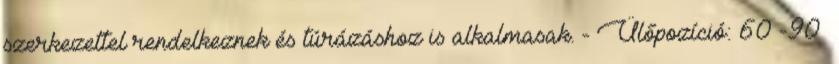
szerkezettel rendelkeznek és túrázáshoz is alkalmasak. - Ülőpozíció: 60°-90°